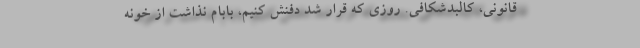
قانونی، کالبدشکافی. روزی که قرار شد دفنش کنیم، بابام نذاشت از خونه